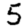
Digit: 5